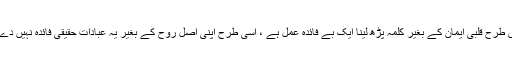
لیکن جس طرح قلبی ایمان کے بغیر کلمہ پڑھ لینا ایک بے فائدہ عمل ہے ، اسی طرح اپنی اصل روح کے بغیر یہ عبادات حقیقی فائدہ نہیں دے سکتیں ۔